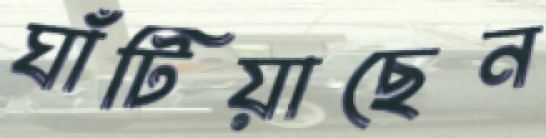
ঘাঁটিয়াছেন